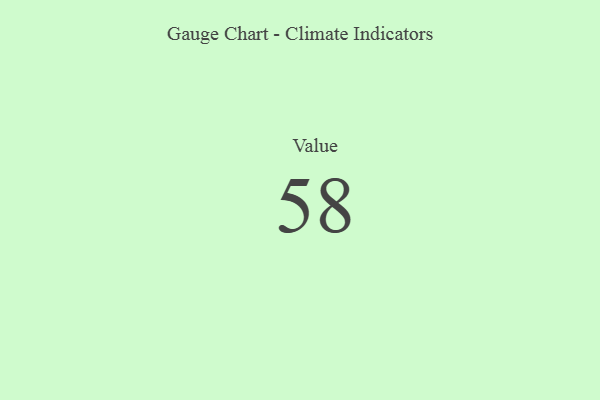
{"axis": {"x": "Metric", "y": "Value"}, "legend": [""], "data": [{"x": "Value", "y": 58, "type": ""}]}